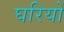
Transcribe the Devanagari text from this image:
घरियों